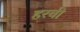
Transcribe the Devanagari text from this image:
हरवी